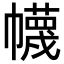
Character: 幭